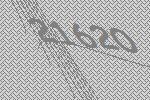
21620